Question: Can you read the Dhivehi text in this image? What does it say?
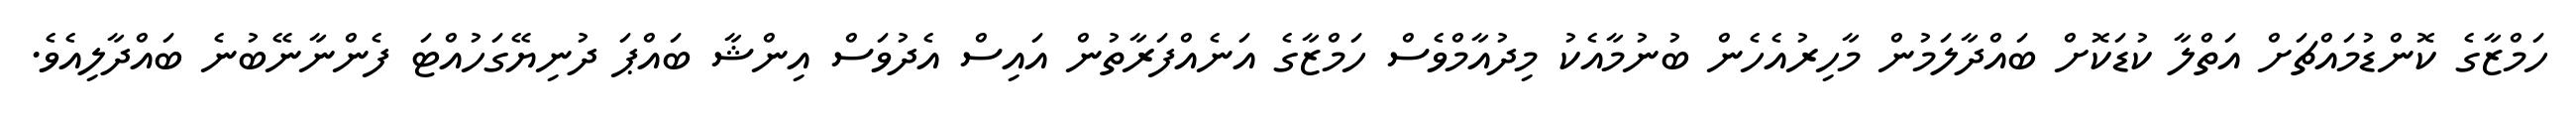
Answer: ހަމްޒާގެ ކޮންޑުމައްޗަށް އަތްލާ ކުޑަކޮށް ބައްދާލަމުން މާހިރުއެހެން ބުނުމާއެކު މިދުއާމްވެސް ހަމްޒާގެ އަނެއްފަރާތުން އައިސް އެދުވަސް އިންޝާ ބައްޕަ ދުނިޔޭގަހުއްޓަ ފެންނާނޭބުނެ ބައްދާލިއެވެ.